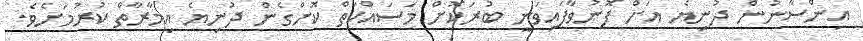
އިންސާނުން ދުނިޔެ އަށް ފޮނުވާފައިވަނީ ބުރަކޮށް މަސައްކަތް ކޮށްގެން ދުނިޔެ އިމާރާތް ކުރުމަށެވެ.